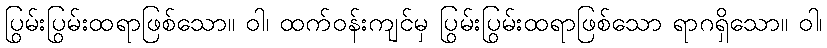
ပြွမ်းပြွမ်းထရာဖြစ်သော။ ဝါ၊ ထက်ဝန်းကျင်မှ ပြွမ်းပြွမ်းထရာဖြစ်သော ရာဂရှိသော။ ဝါ၊